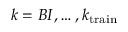
k = B I , \ldots , k _ { \mathrm { t r a i n } }